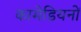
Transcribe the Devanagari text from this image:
कामेडियनों